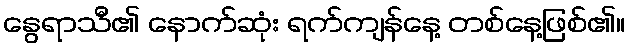
နွေရာသီ၏ နောက်ဆုံး ရက်ကျန်နေ့ တစ်နေ့ဖြစ်၏။